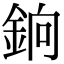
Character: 銄